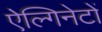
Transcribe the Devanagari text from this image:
ऐल्गिनेटों